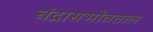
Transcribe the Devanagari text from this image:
चंद्रासभोवताल